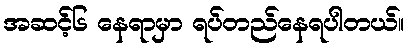
အဆင့်၆ နေရာမှာ ရပ်တည်နေရပါတယ်။